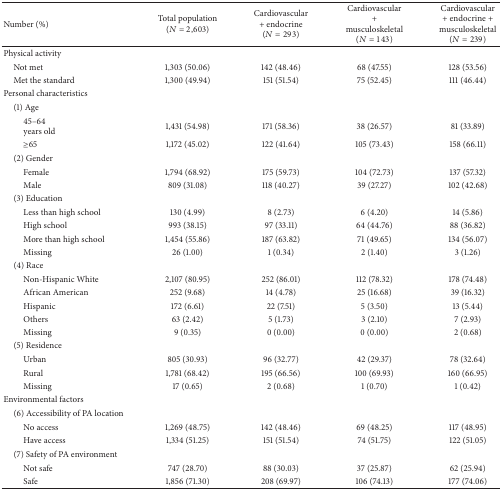
<table><thead><tr><td><b>Number (%)</b></td><td><b>Total population(<i>N</i> = 2,603)</b></td><td><b>Cardiovascular + endocrine(<i>N</i> = 293)</b></td><td><b>Cardiovascular + musculoskeletal(<i>N</i> = 143)</b></td><td><b>Cardiovascular + endocrine + musculoskeletal(<i>N</i> = 239)</b></td></tr></thead><tbody><tr><td>Physical activity</td><td> </td><td> </td><td> </td><td> </td></tr><tr><td> Not met</td><td>1,303 (50.06)</td><td>142 (48.46)</td><td>68 (47.55)</td><td>128 (53.56)</td></tr><tr><td> Met the standard</td><td>1,300 (49.94)</td><td>151 (51.54)</td><td>75 (52.45)</td><td>111 (46.44)</td></tr><tr><td>Personal characteristics</td><td> </td><td> </td><td> </td><td> </td></tr><tr><td> (1) Age</td><td> </td><td> </td><td> </td><td> </td></tr><tr><td>45–64years old</td><td>1,431 (54.98)</td><td>171 (58.36)</td><td>38 (26.57)</td><td>81 (33.89)</td></tr><tr><td>≥65</td><td>1,172 (45.02)</td><td>122 (41.64)</td><td>105 (73.43)</td><td>158 (66.11)</td></tr><tr><td> (2) Gender</td><td> </td><td> </td><td> </td><td> </td></tr><tr><td>Female</td><td>1,794 (68.92)</td><td>175 (59.73)</td><td>104 (72.73)</td><td>137 (57.32)</td></tr><tr><td>Male</td><td>809 (31.08)</td><td>118 (40.27)</td><td>39 (27.27)</td><td>102 (42.68)</td></tr><tr><td> (3) Education</td><td> </td><td> </td><td> </td><td> </td></tr><tr><td>Less than high school</td><td>130 (4.99)</td><td>8 (2.73)</td><td>6 (4.20)</td><td>14 (5.86)</td></tr><tr><td>High school</td><td>993 (38.15)</td><td>97 (33.11)</td><td>64 (44.76)</td><td>88 (36.82)</td></tr><tr><td>More than high school</td><td>1,454 (55.86)</td><td>187 (63.82)</td><td>71 (49.65)</td><td>134 (56.07)</td></tr><tr><td>Missing</td><td>26 (1.00)</td><td>1 (0.34)</td><td>2 (1.40)</td><td>3 (1.26)</td></tr><tr><td> (4) Race</td><td> </td><td> </td><td> </td><td> </td></tr><tr><td>Non-Hispanic White</td><td>2,107 (80.95)</td><td>252 (86.01)</td><td>112 (78.32)</td><td>178 (74.48)</td></tr><tr><td>African American</td><td>252 (9.68)</td><td>14 (4.78)</td><td>25 (16.68)</td><td>39 (16.32)</td></tr><tr><td>Hispanic</td><td>172 (6.61)</td><td>22 (7.51)</td><td>5 (3.50)</td><td>13 (5.44)</td></tr><tr><td>Others</td><td>63 (2.42)</td><td>5 (1.73)</td><td>3 (2.10)</td><td>7 (2.93)</td></tr><tr><td>Missing</td><td>9 (0.35)</td><td>0 (0.00)</td><td>0 (0.00)</td><td>2 (0.68)</td></tr><tr><td> (5) Residence</td><td> </td><td> </td><td> </td><td> </td></tr><tr><td>Urban</td><td>805 (30.93)</td><td>96 (32.77)</td><td>42 (29.37)</td><td>78 (32.64)</td></tr><tr><td>Rural</td><td>1,781 (68.42)</td><td>195 (66.56)</td><td>100 (69.93)</td><td>160 (66.95)</td></tr><tr><td>Missing</td><td>17 (0.65)</td><td>2 (0.68)</td><td>1 (0.70)</td><td>1 (0.42)</td></tr><tr><td>Environmental factors</td><td> </td><td> </td><td> </td><td> </td></tr><tr><td> (6) Accessibility of PA location</td><td> </td><td> </td><td> </td><td> </td></tr><tr><td>No access</td><td>1,269 (48.75)</td><td>142 (48.46)</td><td>69 (48.25)</td><td>117 (48.95)</td></tr><tr><td>Have access</td><td>1,334 (51.25)</td><td>151 (51.54)</td><td>74 (51.75)</td><td>122 (51.05)</td></tr><tr><td> (7) Safety of PA environment</td><td> </td><td> </td><td> </td><td> </td></tr><tr><td>Not safe</td><td>747 (28.70)</td><td>88 (30.03)</td><td>37 (25.87)</td><td>62 (25.94)</td></tr><tr><td>Safe</td><td>1,856 (71.30)</td><td>208 (69.97)</td><td>106 (74.13)</td><td>177 (74.06)</td></tr></tbody></table>